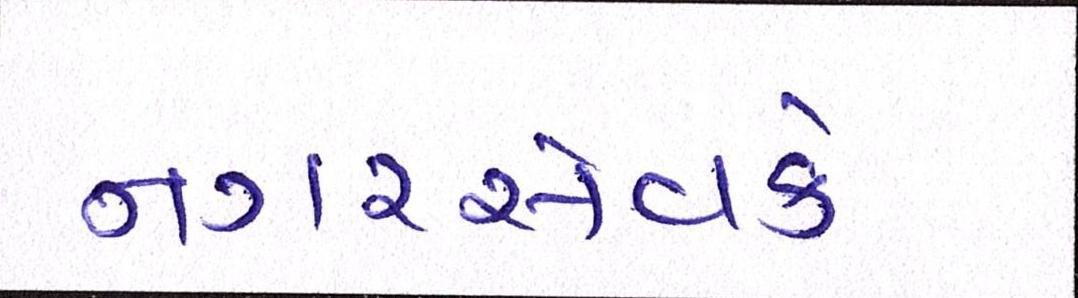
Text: નગરસેવકે